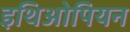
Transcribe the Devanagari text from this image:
इथिओपियन